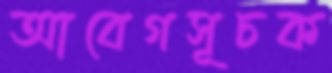
আবেগসূচক